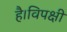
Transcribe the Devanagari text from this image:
है।विपक्षी